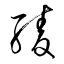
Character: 綾